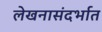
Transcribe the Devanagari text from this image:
लेखनासंदर्भात